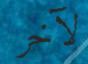
لآخر